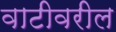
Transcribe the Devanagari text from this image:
वाटीवरील